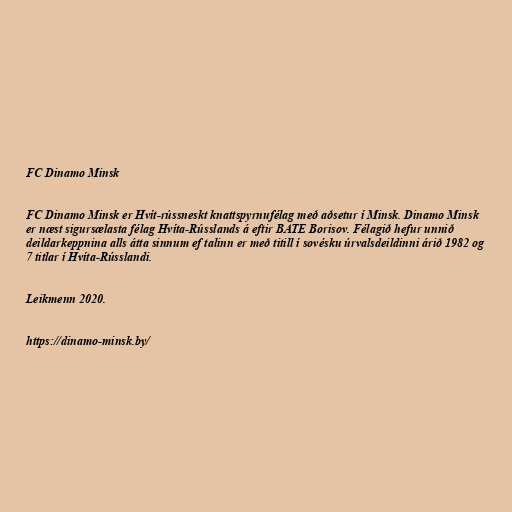
FC Dinamo Minsk

FC Dinamo Minsk er Hvít-rússneskt knattspyrnufélag með aðsetur í Minsk. Dinamo Minsk
er næst sigursælasta félag Hvíta-Rússlands á eftir BATE Borisov. Félagið hefur unnið
deildarkeppnina alls átta sinnum ef talinn er með titill í sovésku úrvalsdeildinni árið 1982 og
7 titlar í Hvíta-Rússlandi.

Leikmenn 2020.

https://dinamo-minsk.by/